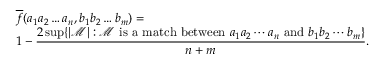
\begin{array} { l l } { \overline { { f } } ( a _ { 1 } a _ { 2 } \dots a _ { n } , b _ { 1 } b _ { 2 } \dots b _ { m } ) = \hfill } \\ { { \displaystyle 1 - \frac { 2 \operatorname* { s u p } \{ | \mathcal { M } | : \mathcal { M } \mathrm { \ i s \ a \ m a t c h \ b e t w e e n \ } a _ { 1 } a _ { 2 } \cdots a _ { n } \mathrm { \ a n d \ } b _ { 1 } b _ { 2 } \cdots b _ { m } \} } { n + m } . } } \end{array}